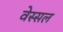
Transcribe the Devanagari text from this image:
वेस्सल